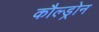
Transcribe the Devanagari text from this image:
कौल्ड्रोन